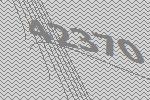
42370